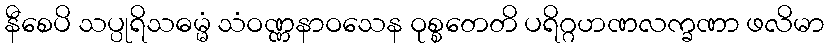
နီစေပိ သပ္ပုရိသဓမ္မံ သံဝဏ္ဏနာဝသေန ဝုစ္စတေတိ ပရိဂ္ဂဟဏလက္ခဏာ ဖလိမာ